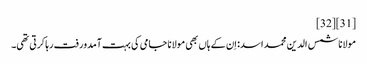
[31][32]
مولانا شمس الدین محمد اسد: اِن کے ہاں بھی مولانا جامی کی بہت آمدورفت رہا کرتی تھی۔